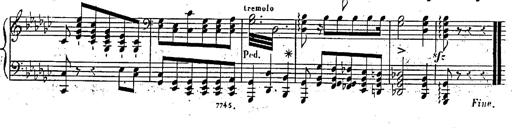
Title: Marche et Cavatine de Lucie de Lammermoor, S.398
Composer: Franz Liszt